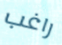
راغب